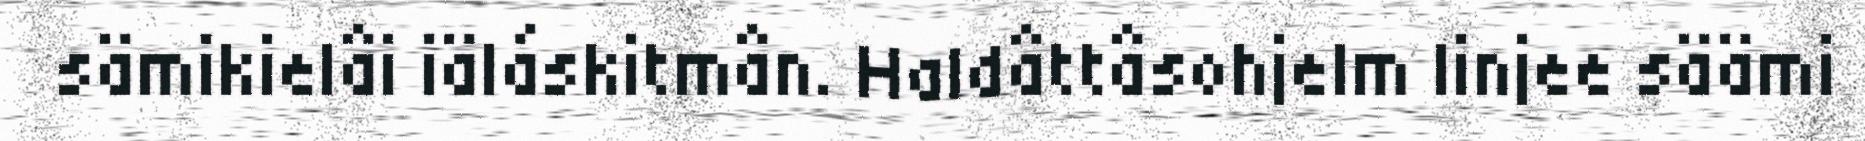
sämikielâi iäláskitmân. Haldâttâsohjelm linjee säämi